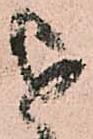
を